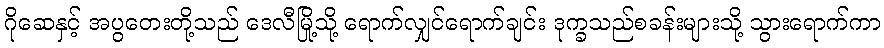
ဂိုဆေနှင့် အပွတေးတို့သည် ဒေလီမြို့သို့ ရောက်လျှင်ရောက်ချင်း ဒုက္ခသည်စခန်းများသို့ သွားရောက်ကာ